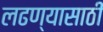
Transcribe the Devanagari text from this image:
लढण्यासाठीं